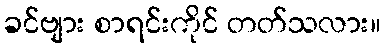
ခင်ဗျား စာရင်းကိုင် တတ်သလား။